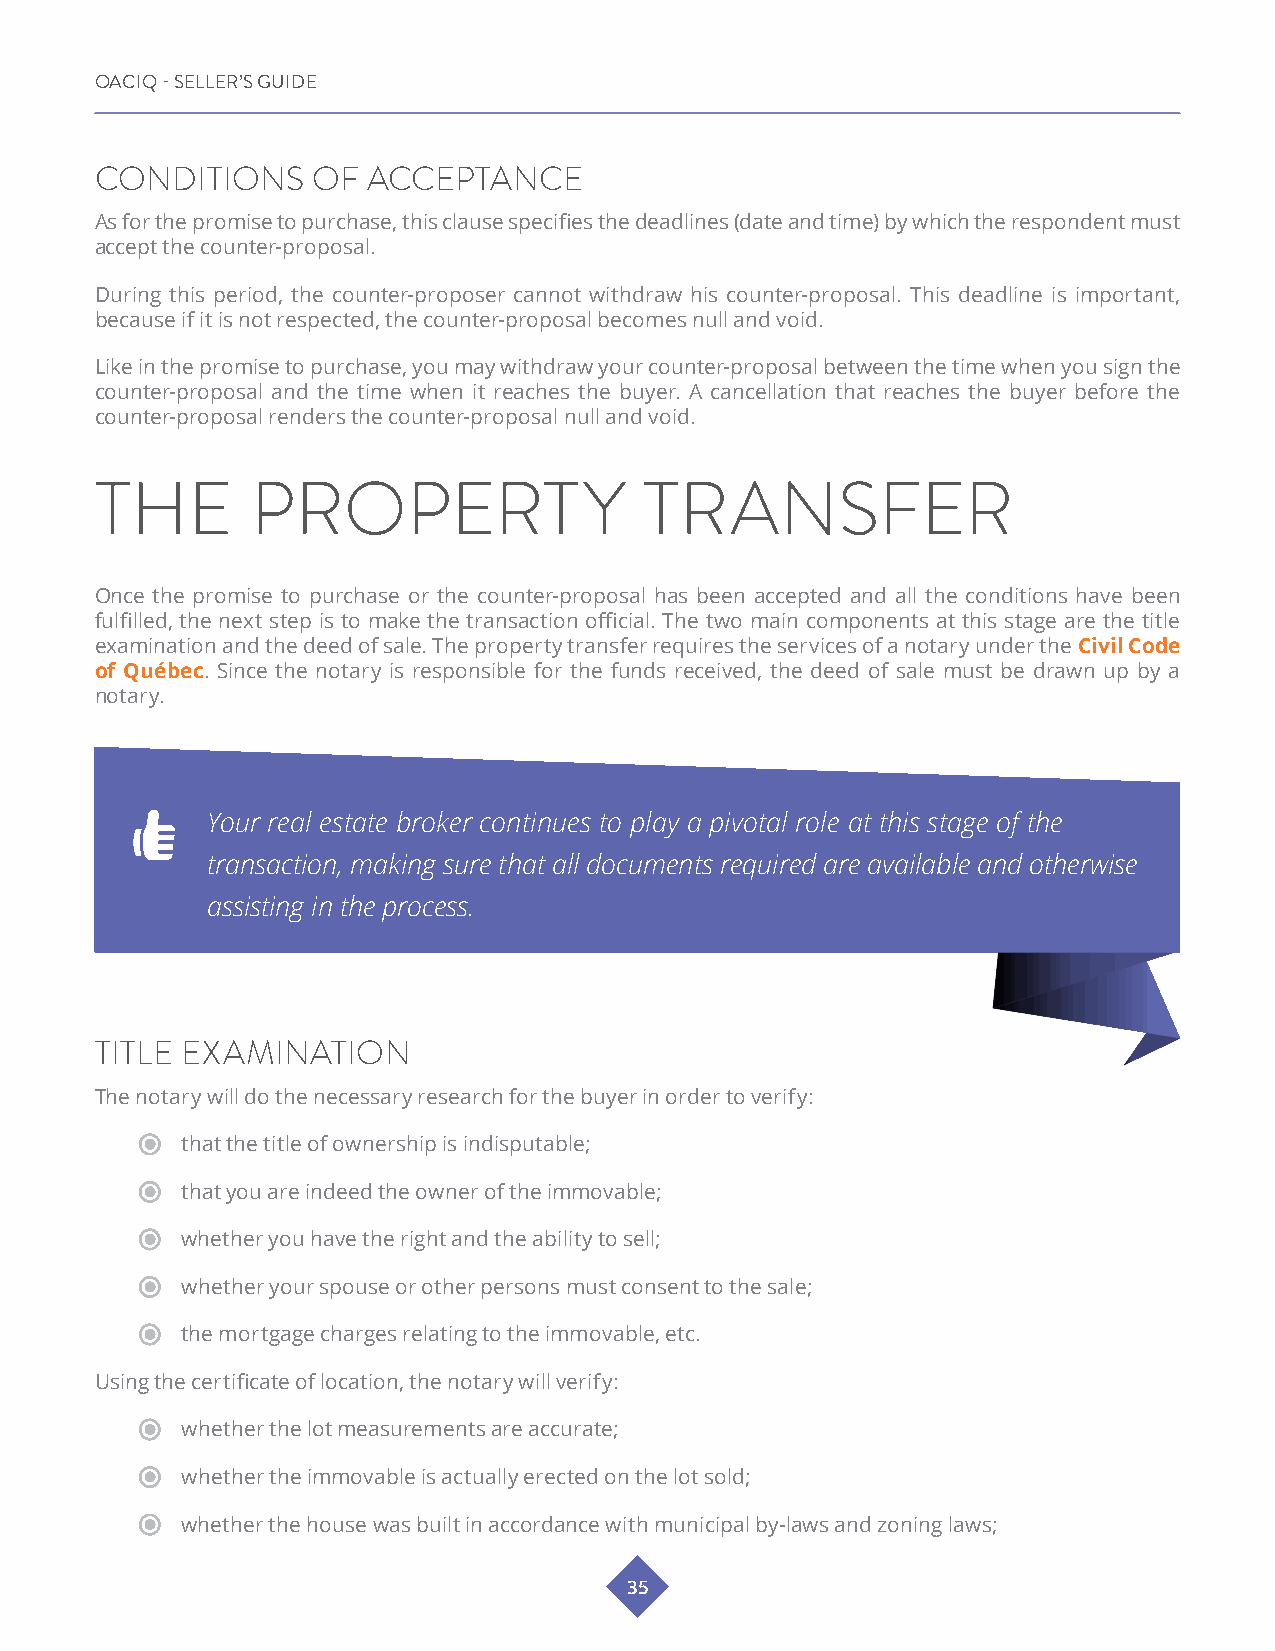
OACIQ - SELLER’S GUIDE
 CONDITIONS     OF ACCEPTANCE
 As for the promise to purchase, this clause specifies the deadlines (date and time) by which the respondent must
 accept the counter-proposal.
 During this period, the counter-proposer cannot withdraw his counter-proposal. This deadline is important,
 because if it is not respected, the counter-proposal becomes null and void.
 Like in the promise to purchase, you may withdraw your counter-proposal between the time when you sign the
 counter-proposal and the time when it reaches the buyer. A cancellation that reaches the buyer before the
 counter-proposal renders the counter-proposal null and void.
 THE        PROPERTY                  TRANSFER
 Once the promise to purchase or the counter-proposal has been accepted and all the conditions have been
 fulfilled, the next step is to make the transaction official. The two main components at this stage are the title
 examination and the deed of sale. The property transfer requires the services of a notary under the Civil Code
 of Québec. Since the notary is responsible for the funds received, the deed of sale must be drawn up by a
 notary.
 Your real estate broker continues to play a pivotal role at this stage of the
 transaction, making sure that all documents required are available and otherwise
 assisting in the process.
 TITLE EXAMINATION
 The notary will do the necessary research for the buyer in order to verify:
 that the title of ownership is indisputable;
 that you are indeed the owner of the immovable;
 whether you have the right and the ability to sell;
 whether your spouse or other persons must consent to the sale;
 the mortgage charges relating to the immovable, etc.
 Using the certificate of location, the notary will verify:
 whether the lot measurements are accurate;
 whether the immovable is actually erected on the lot sold;
 whether the house was built in accordance with municipal by-laws and zoning laws;
 35